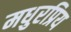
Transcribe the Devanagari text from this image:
मधुरप्रिय